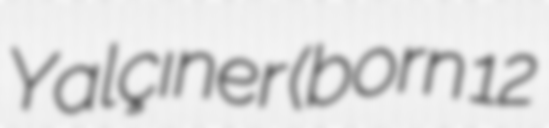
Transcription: Yalçıner (born 12